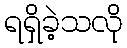
ရရှိခဲ့သလို